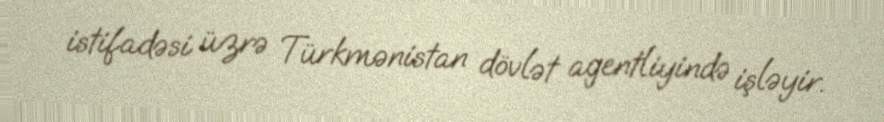
istifadəsi üzrə Türkmənistan dövlət agentliyində işləyir.